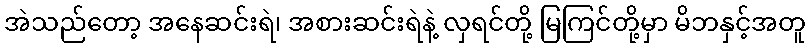
အဲသည်တော့ အနေဆင်းရဲ၊ အစားဆင်းရဲနဲ့ လှရင်တို့ မြကြင်တို့မှာ မိဘနှင့်အတူ